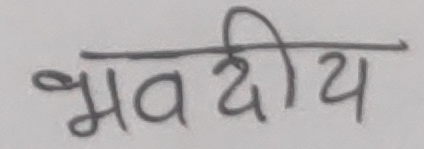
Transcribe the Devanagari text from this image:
भवदीय